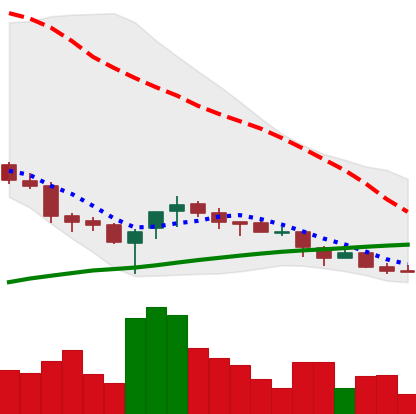
Ticker: NEO-USD
Chart end date: 2018-03-31
Forward return: -5.832%
Label: down_5_7